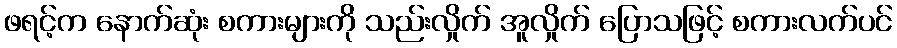
ဖရင့်က နောက်ဆုံး စကားများကို သည်းလှိုက် အူလှိုက် ပြောသဖြင့် စကားလက်ပင်